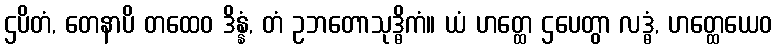
ဌပိတံ, တေနာပိ တထေဝ ဒိန္နံ, တံ ဥဘတောသုဒ္ဓိကံ။ ယံ ဟတ္ထေ ဌပေတွာ လဒ္ဓံ, ဟတ္ထေယေဝ